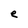
Character: e